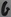
Text: G